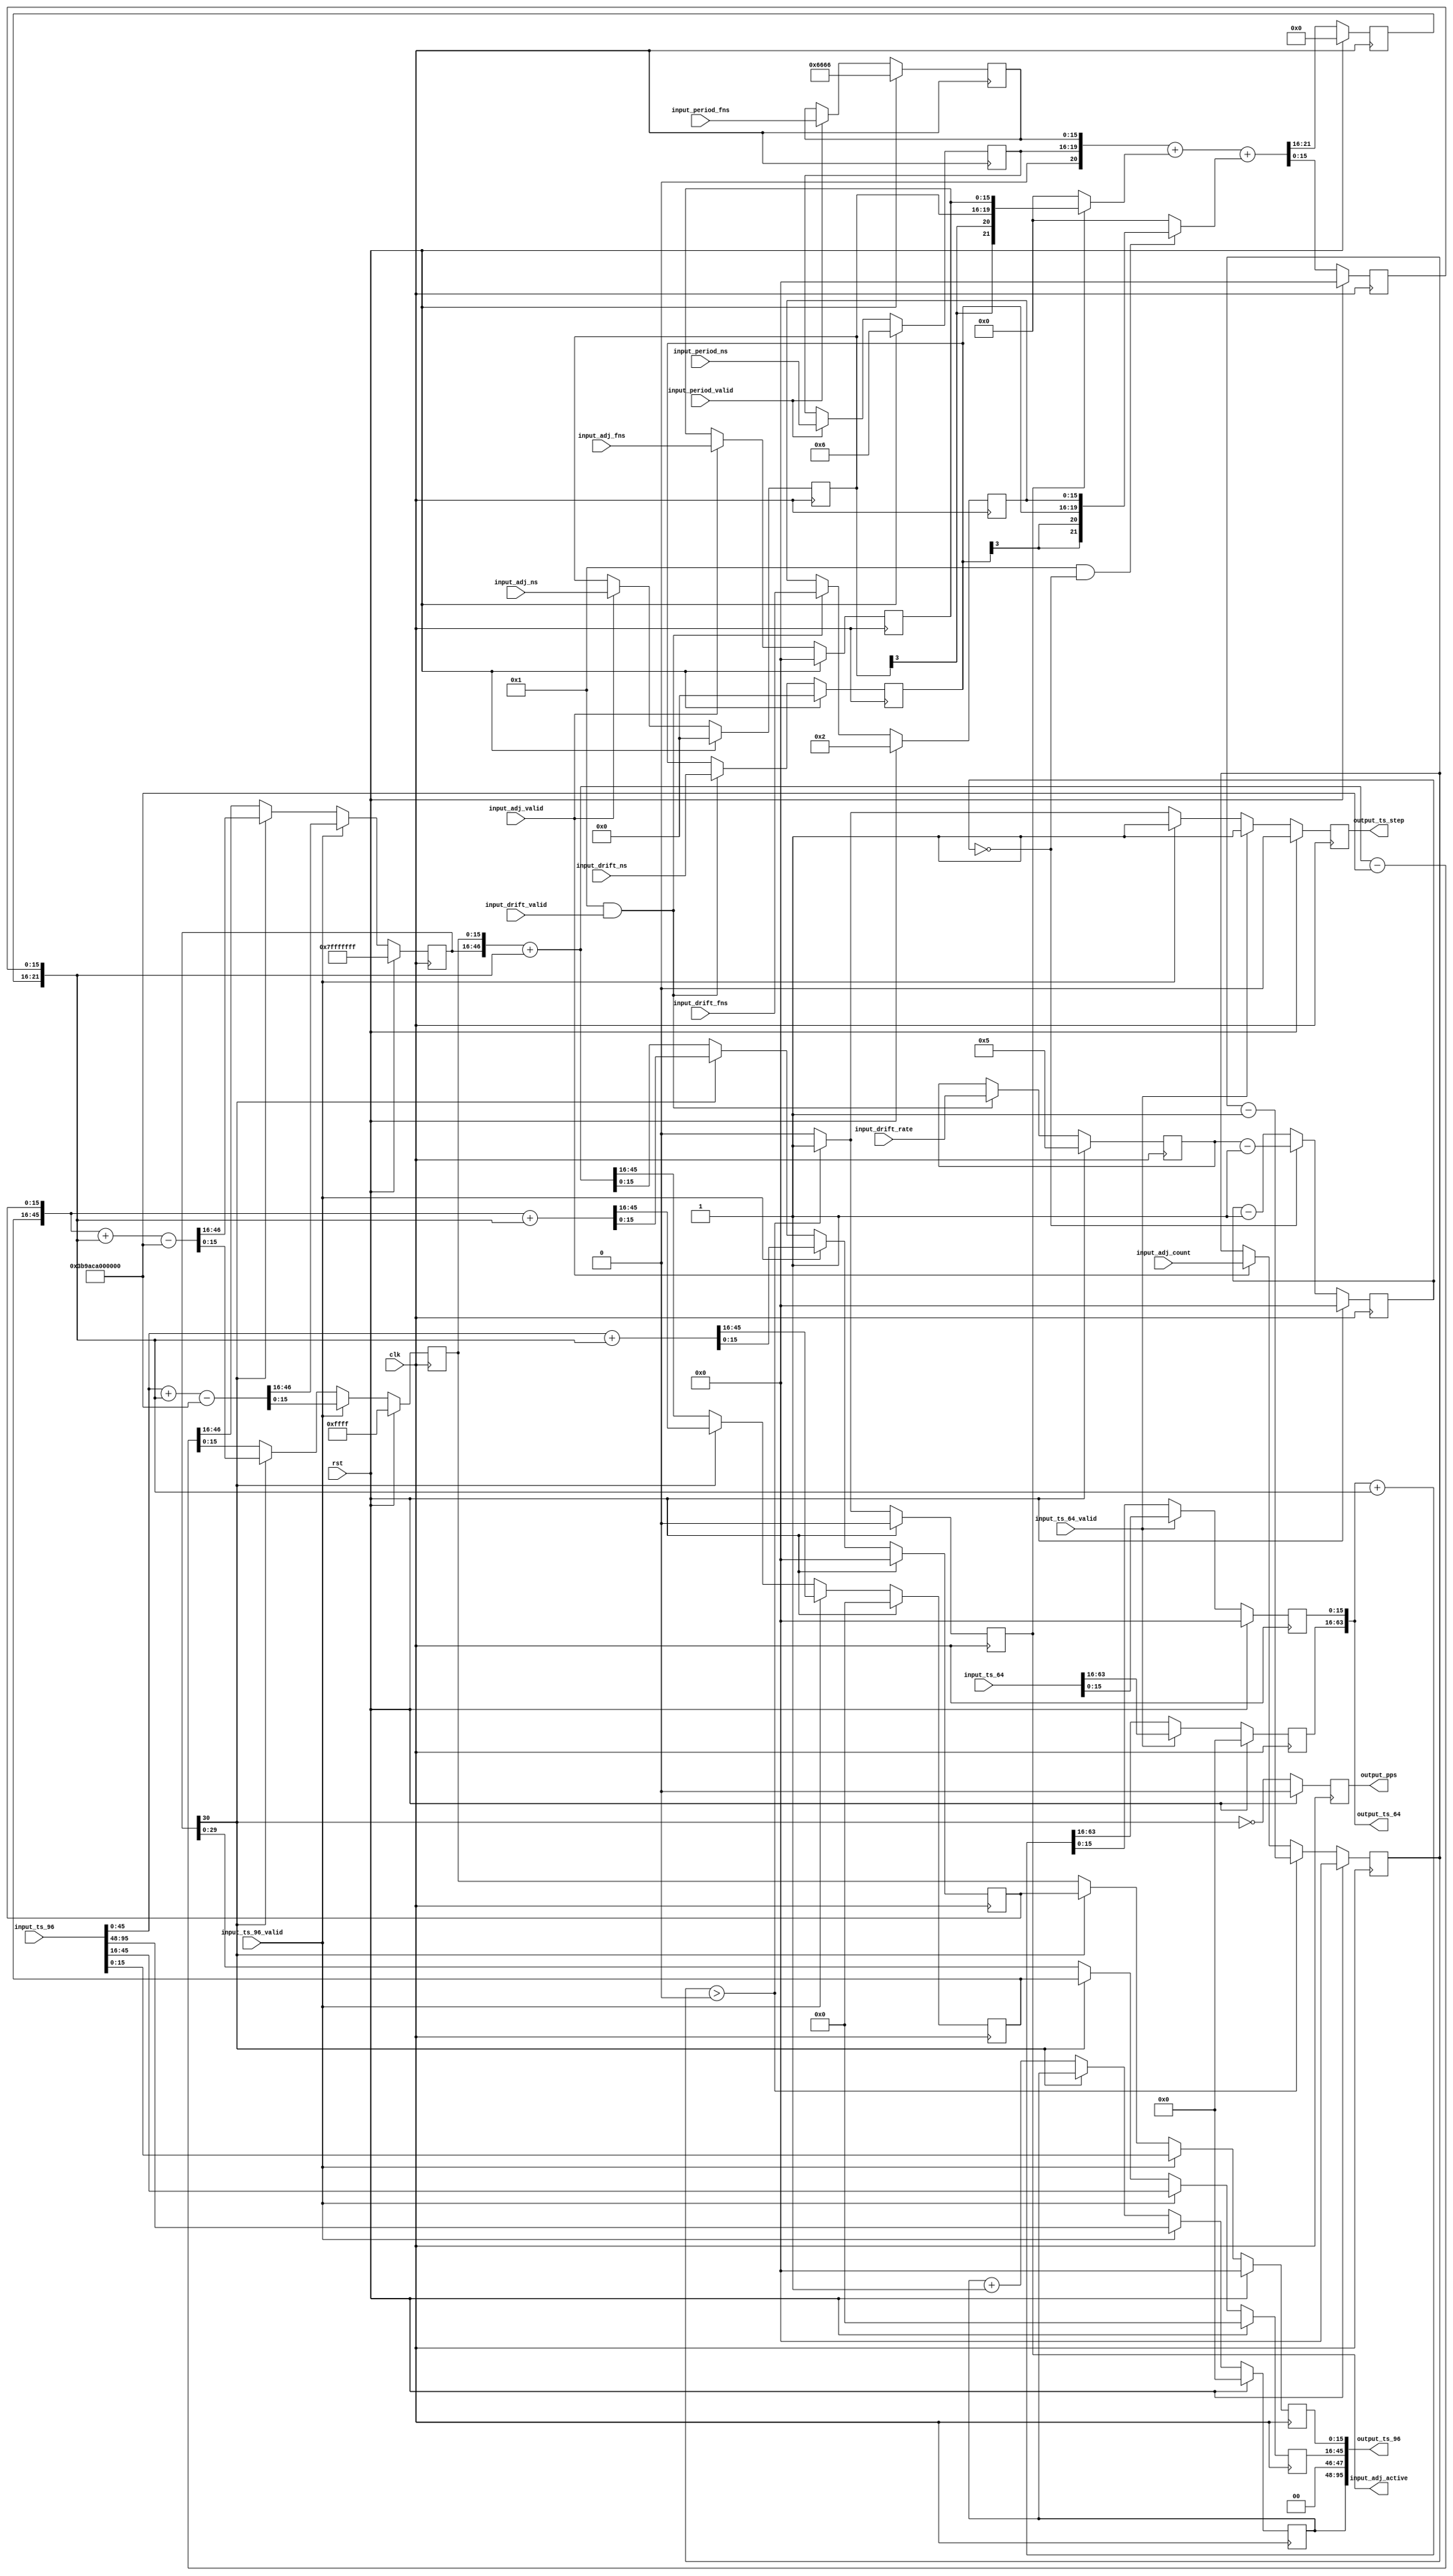
// This program was cloned from: https://github.com/alexforencich/xfcp
// License: MIT License

/*

Copyright (c) 2015-2019 Alex Forencich

Permission is hereby granted, free of charge, to any person obtaining a copy
of this software and associated documentation files (the "Software"), to deal
in the Software without restriction, including without limitation the rights
to use, copy, modify, merge, publish, distribute, sublicense, and/or sell
copies of the Software, and to permit persons to whom the Software is
furnished to do so, subject to the following conditions:

The above copyright notice and this permission notice shall be included in
all copies or substantial portions of the Software.

THE SOFTWARE IS PROVIDED "AS IS", WITHOUT WARRANTY OF ANY KIND, EXPRESS OR
IMPLIED, INCLUDING BUT NOT LIMITED TO THE WARRANTIES OF MERCHANTABILITY
FITNESS FOR A PARTICULAR PURPOSE AND NONINFRINGEMENT. IN NO EVENT SHALL THE
AUTHORS OR COPYRIGHT HOLDERS BE LIABLE FOR ANY CLAIM, DAMAGES OR OTHER
LIABILITY, WHETHER IN AN ACTION OF CONTRACT, TORT OR OTHERWISE, ARISING FROM,
OUT OF OR IN CONNECTION WITH THE SOFTWARE OR THE USE OR OTHER DEALINGS IN
THE SOFTWARE.

*/

// Language: Verilog 2001

`timescale 1ns / 1ps

/*
 * PTP clock module
 */
module ptp_clock #
(
    parameter PERIOD_NS_WIDTH = 4,
    parameter OFFSET_NS_WIDTH = 4,
    parameter DRIFT_NS_WIDTH = 4,
    parameter FNS_WIDTH = 16,
    parameter PERIOD_NS = 4'h6,
    parameter PERIOD_FNS = 16'h6666,
    parameter DRIFT_ENABLE = 1,
    parameter DRIFT_NS = 4'h0,
    parameter DRIFT_FNS = 16'h0002,
    parameter DRIFT_RATE = 16'h0005
)
(
    input  wire                       clk,
    input  wire                       rst,

    /*
     * Timestamp inputs for synchronization
     */
    input  wire [95:0]                input_ts_96,
    input  wire                       input_ts_96_valid,
    input  wire [63:0]                input_ts_64,
    input  wire                       input_ts_64_valid,

    /*
     * Period adjustment
     */
    input  wire [PERIOD_NS_WIDTH-1:0] input_period_ns,
    input  wire [FNS_WIDTH-1:0]       input_period_fns,
    input  wire                       input_period_valid,

    /*
     * Offset adjustment
     */
    input  wire [OFFSET_NS_WIDTH-1:0] input_adj_ns,
    input  wire [FNS_WIDTH-1:0]       input_adj_fns,
    input  wire [15:0]                input_adj_count,
    input  wire                       input_adj_valid,
    output wire                       input_adj_active,

    /*
     * Drift adjustment
     */
    input  wire [DRIFT_NS_WIDTH-1:0]  input_drift_ns,
    input  wire [FNS_WIDTH-1:0]       input_drift_fns,
    input  wire [15:0]                input_drift_rate,
    input  wire                       input_drift_valid,

    /*
     * Timestamp outputs
     */
    output wire [95:0]                output_ts_96,
    output wire [63:0]                output_ts_64,
    output wire                       output_ts_step,

    /*
     * PPS output
     */
    output wire                       output_pps
);

parameter INC_NS_WIDTH = $clog2(2**PERIOD_NS_WIDTH + 2**OFFSET_NS_WIDTH + 2**DRIFT_NS_WIDTH);

reg [PERIOD_NS_WIDTH-1:0] period_ns_reg = PERIOD_NS;
reg [FNS_WIDTH-1:0] period_fns_reg = PERIOD_FNS;

reg [OFFSET_NS_WIDTH-1:0] adj_ns_reg = 0;
reg [FNS_WIDTH-1:0] adj_fns_reg = 0;
reg [15:0] adj_count_reg = 0;
reg adj_active_reg = 0;

reg [DRIFT_NS_WIDTH-1:0] drift_ns_reg = DRIFT_NS;
reg [FNS_WIDTH-1:0] drift_fns_reg = DRIFT_FNS;
reg [15:0] drift_rate_reg = DRIFT_RATE;

reg [INC_NS_WIDTH-1:0] ts_inc_ns_reg = 0;
reg [FNS_WIDTH-1:0] ts_inc_fns_reg = 0;

reg [47:0] ts_96_s_reg = 0;
reg [29:0] ts_96_ns_reg = 0;
reg [FNS_WIDTH-1:0] ts_96_fns_reg = 0;
reg [29:0] ts_96_ns_inc_reg = 0;
reg [FNS_WIDTH-1:0] ts_96_fns_inc_reg = 0;
reg [30:0] ts_96_ns_ovf_reg = 31'h7fffffff;
reg [FNS_WIDTH-1:0] ts_96_fns_ovf_reg = 16'hffff;

reg [47:0] ts_64_ns_reg = 0;
reg [FNS_WIDTH-1:0] ts_64_fns_reg = 0;

reg ts_step_reg = 1'b0;

reg [15:0] drift_cnt = 0;

reg [47:0] temp;

reg pps_reg = 0;

assign input_adj_active = adj_active_reg;

assign output_ts_96[95:48] = ts_96_s_reg;
assign output_ts_96[47:46] = 2'b00;
assign output_ts_96[45:16] = ts_96_ns_reg;
assign output_ts_96[15:0]  = FNS_WIDTH > 16 ? ts_96_fns_reg >> (FNS_WIDTH-16) : ts_96_fns_reg << (16-FNS_WIDTH);
assign output_ts_64[63:16] = ts_64_ns_reg;
assign output_ts_64[15:0]  = FNS_WIDTH > 16 ? ts_64_fns_reg >> (FNS_WIDTH-16) : ts_64_fns_reg << (16-FNS_WIDTH);
assign output_ts_step = ts_step_reg;

assign output_pps = pps_reg;

always @(posedge clk) begin
    ts_step_reg <= 0;

    // latch parameters
    if (input_period_valid) begin
        period_ns_reg <= input_period_ns;
        period_fns_reg <= input_period_fns;
    end

    if (input_adj_valid) begin
        adj_ns_reg <= input_adj_ns;
        adj_fns_reg <= input_adj_fns;
        adj_count_reg <= input_adj_count;
    end

    if (DRIFT_ENABLE && input_drift_valid) begin
        drift_ns_reg <= input_drift_ns;
        drift_fns_reg <= input_drift_fns;
        drift_rate_reg <= input_drift_rate;
    end

    // timestamp increment calculation
    {ts_inc_ns_reg, ts_inc_fns_reg} <= $signed({1'b0, period_ns_reg, period_fns_reg}) +
        (adj_active_reg ? $signed({adj_ns_reg, adj_fns_reg}) : 0) +
        ((DRIFT_ENABLE && drift_cnt == 0) ? $signed({drift_ns_reg, drift_fns_reg}) : 0);

    // offset adjust counter
    if (adj_count_reg > 0) begin
        adj_count_reg <= adj_count_reg - 1;
        adj_active_reg <= 1;
        ts_step_reg <= 1;
    end else begin
        adj_active_reg <= 0;
    end

    // drift counter
    if (drift_cnt == 0) begin
        drift_cnt <= drift_rate_reg-1;
    end else begin
        drift_cnt <= drift_cnt - 1;
    end

    // 96 bit timestamp
    if (input_ts_96_valid) begin
        // load timestamp
        {ts_96_ns_inc_reg, ts_96_fns_inc_reg} <= (FNS_WIDTH > 16 ? input_ts_96[45:0] << (FNS_WIDTH-16) : input_ts_96[45:0] >> (16-FNS_WIDTH)) + {ts_inc_ns_reg, ts_inc_fns_reg};
        {ts_96_ns_ovf_reg, ts_96_fns_ovf_reg} <= (FNS_WIDTH > 16 ? input_ts_96[45:0] << (FNS_WIDTH-16) : input_ts_96[45:0] >> (16-FNS_WIDTH)) + {ts_inc_ns_reg, ts_inc_fns_reg} - {31'd1_000_000_000, {FNS_WIDTH{1'b0}}};
        ts_96_s_reg <= input_ts_96[95:48];
        ts_96_ns_reg <= input_ts_96[45:16];
        ts_96_fns_reg <= FNS_WIDTH > 16 ? input_ts_96[15:0] << (FNS_WIDTH-16) : input_ts_96[15:0] >> (16-FNS_WIDTH);
        ts_step_reg <= 1;
    end else if (!ts_96_ns_ovf_reg[30]) begin
        // if the overflow lookahead did not borrow, one second has elapsed
        // increment seconds field, pre-compute both normal increment and overflow values
        {ts_96_ns_inc_reg, ts_96_fns_inc_reg} <= {ts_96_ns_ovf_reg, ts_96_fns_ovf_reg} + {ts_inc_ns_reg, ts_inc_fns_reg};
        {ts_96_ns_ovf_reg, ts_96_fns_ovf_reg} <= {ts_96_ns_ovf_reg, ts_96_fns_ovf_reg} + {ts_inc_ns_reg, ts_inc_fns_reg} - {31'd1_000_000_000, {FNS_WIDTH{1'b0}}};
        {ts_96_ns_reg, ts_96_fns_reg} <= {ts_96_ns_ovf_reg, ts_96_fns_ovf_reg};
        ts_96_s_reg <= ts_96_s_reg + 1;
    end else begin
        // no increment seconds field, pre-compute both normal increment and overflow values
        {ts_96_ns_inc_reg, ts_96_fns_inc_reg} <= {ts_96_ns_inc_reg, ts_96_fns_inc_reg} + {ts_inc_ns_reg, ts_inc_fns_reg};
        {ts_96_ns_ovf_reg, ts_96_fns_ovf_reg} <= {ts_96_ns_inc_reg, ts_96_fns_inc_reg} + {ts_inc_ns_reg, ts_inc_fns_reg} - {31'd1_000_000_000, {FNS_WIDTH{1'b0}}};
        {ts_96_ns_reg, ts_96_fns_reg} <= {ts_96_ns_inc_reg, ts_96_fns_inc_reg};
        ts_96_s_reg <= ts_96_s_reg;
    end

    // 64 bit timestamp
    if (input_ts_64_valid) begin
        // load timestamp
        {ts_64_ns_reg, ts_64_fns_reg} <= input_ts_64;
        ts_step_reg <= 1;
    end else begin
        {ts_64_ns_reg, ts_64_fns_reg} <= {ts_64_ns_reg, ts_64_fns_reg} + {ts_inc_ns_reg, ts_inc_fns_reg};
    end

    pps_reg <= !ts_96_ns_ovf_reg[30];

    if (rst) begin
        period_ns_reg <= PERIOD_NS;
        period_fns_reg <= PERIOD_FNS;
        adj_ns_reg <= 0;
        adj_fns_reg <= 0;
        adj_count_reg <= 0;
        adj_active_reg <= 0;
        drift_ns_reg <= DRIFT_NS;
        drift_fns_reg <= DRIFT_FNS;
        drift_rate_reg <= DRIFT_RATE;
        ts_inc_ns_reg <= 0;
        ts_inc_fns_reg <= 0;
        ts_96_s_reg <= 0;
        ts_96_ns_reg <= 0;
        ts_96_fns_reg <= 0;
        ts_96_ns_inc_reg <= 0;
        ts_96_fns_inc_reg <= 0;
        ts_96_ns_ovf_reg <= 31'h7fffffff;
        ts_96_fns_ovf_reg <= {FNS_WIDTH{1'b1}};
        ts_64_ns_reg <= 0;
        ts_64_fns_reg <= 0;
        ts_step_reg <= 0;
        drift_cnt <= 0;
        pps_reg <= 0;
    end
end

endmodule